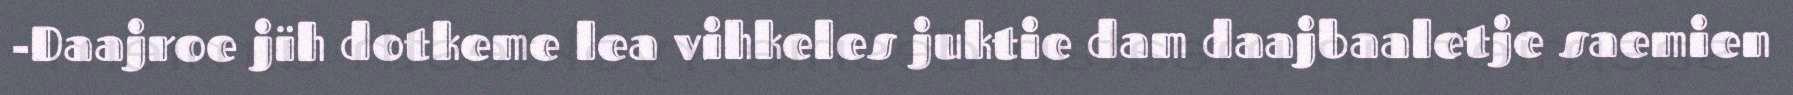
-Daajroe jïh dotkeme lea vihkeles juktie dam daajbaaletje saemien